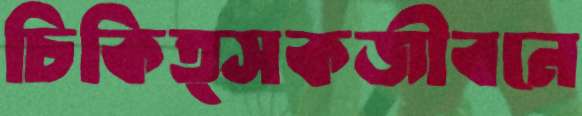
চিকিত্সকজীবনে